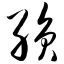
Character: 殒